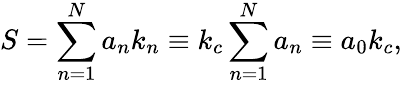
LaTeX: S=\sum_{n=1}^{N}a_{n}k_{n}\equiv k_{c}\sum_{n=1}^{N}a_{n}\equiv a_{0}k_{c},